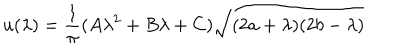
LaTeX: u ( \lambda ) = \frac { 1 } { \pi } ( A \lambda ^ { 2 } + B \lambda + C ) \sqrt { ( 2 a + \lambda ) ( 2 b - \lambda ) }